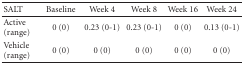
<table><thead><tr><td><b>SALT</b></td><td><b>Baseline</b></td><td><b>Week 4</b></td><td><b>Week 8</b></td><td><b>Week 16</b></td><td><b>Week 24</b></td></tr></thead><tbody><tr><td>Active (range)</td><td>0 (0)</td><td>0.23 (0-1)</td><td>0.23 (0-1)</td><td>0 (0)</td><td>0.13 (0-1)</td></tr><tr><td>Vehicle (range)</td><td>0 (0)</td><td>0 (0)</td><td>0 (0)</td><td>0 (0)</td><td>0 (0)</td></tr></tbody></table>